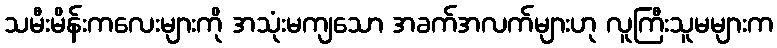
သမီးမိန်းကလေးများကို အသုံးမကျသော အခက်အလက်များဟု လူကြီးသူမများက